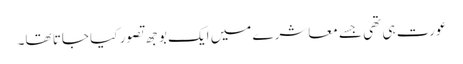
عورت ہی تھی جسے معاشرے میں ایک بوجھ تصور کیا جاتا تھا۔